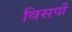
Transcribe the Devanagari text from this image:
विसर्पो